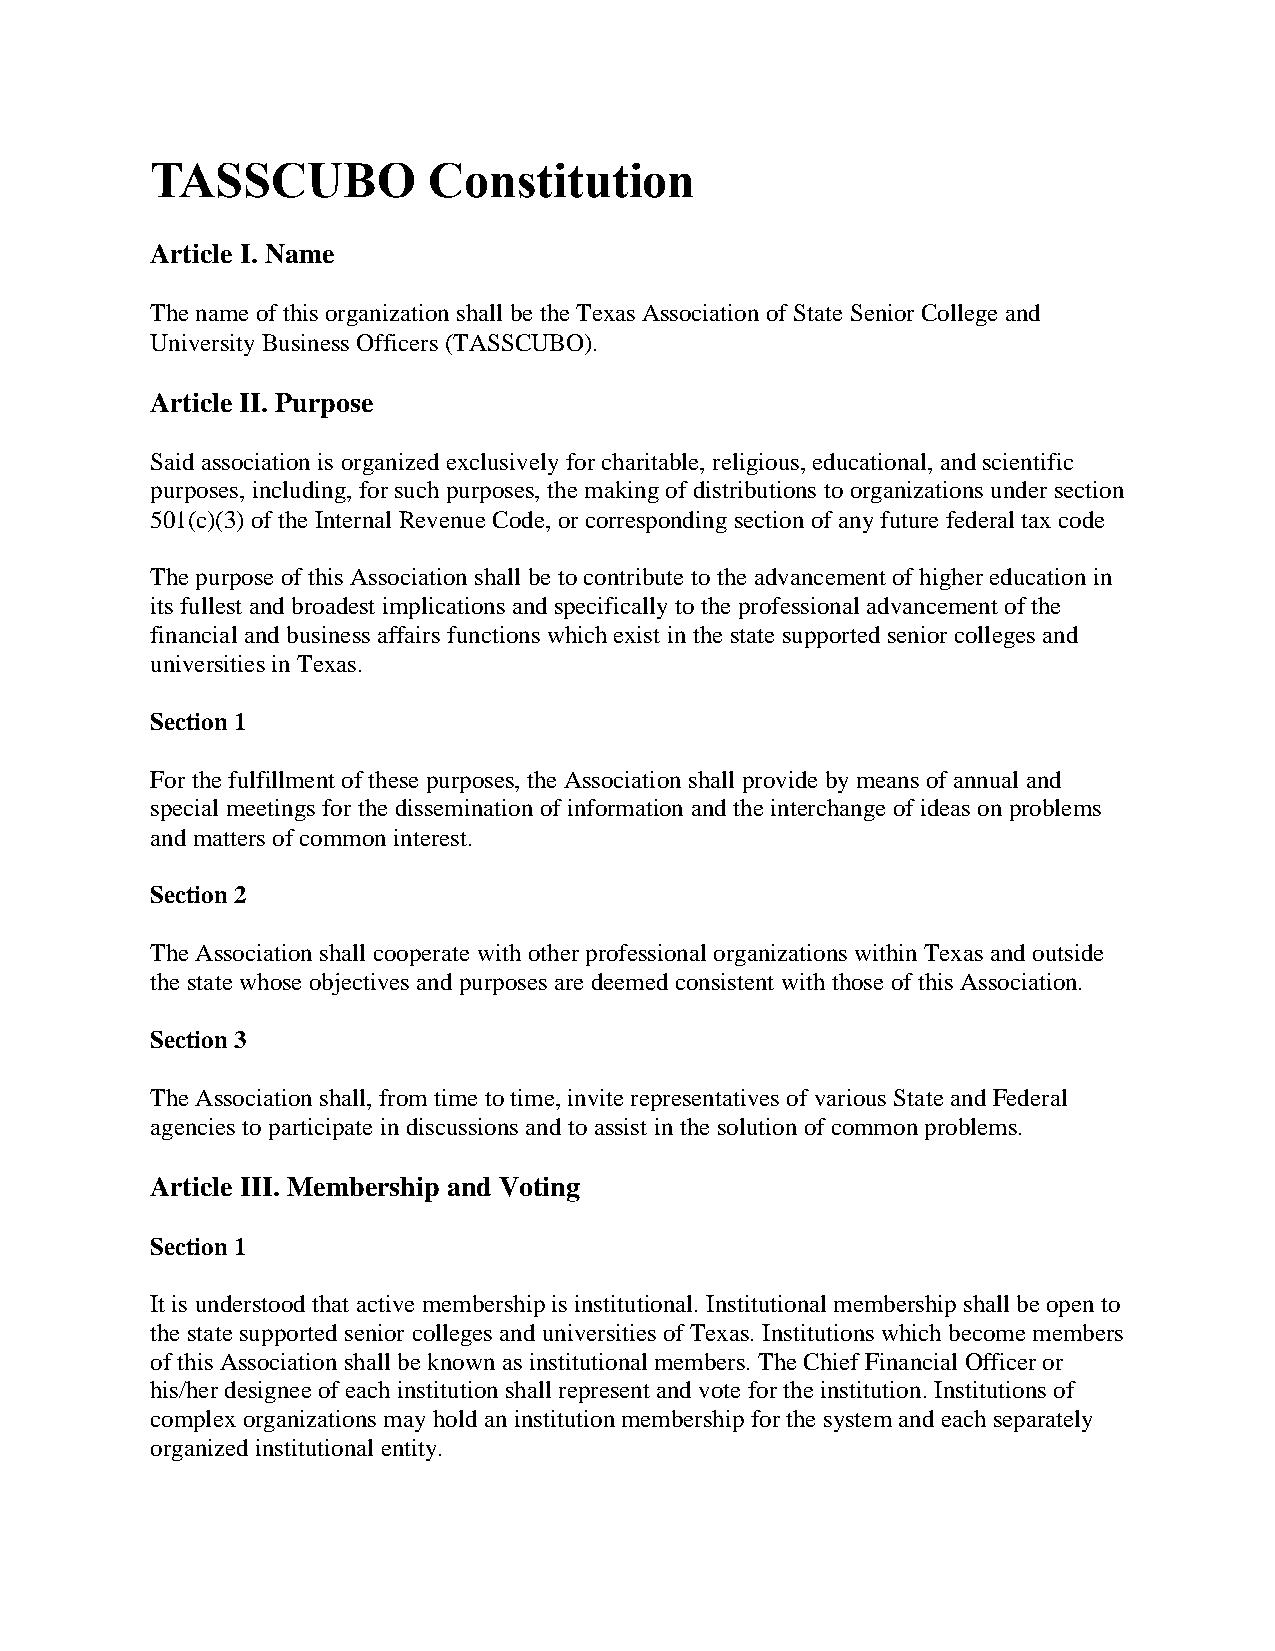
TASSCUBO          Constitution
 Article I. Name
 The name of this organization shall be the Texas Association of State Senior College and
 University Business Officers (TASSCUBO).
 Article II. Purpose
 Said association is organized exclusively for charitable, religious, educational, and scientific
 purposes, including, for such purposes, the making of distributions to organizations under section
 501(c)(3) of the Internal Revenue Code, or corresponding section of any future federal tax code
 The purpose of this Association shall be to contribute to the advancement of higher education in
 its fullest and broadest implications and specifically to the professional advancement of the
 financial and business affairs functions which exist in the state supported senior colleges and
 universities in Texas.
 Section 1
 For the fulfillment of these purposes, the Association shall provide by means of annual and
 special meetings for the dissemination of information and the interchange of ideas on problems
 and matters of common interest.
 Section 2
 The Association shall cooperate with other professional organizations within Texas and outside
 the state whose objectives and purposes are deemed consistent with those of this Association.
 Section 3
 The Association shall, from time to time, invite representatives of various State and Federal
 agencies to participate in discussions and to assist in the solution of common problems.
 Article III. Membership and Voting
 Section 1
 It is understood that active membership is institutional. Institutional membership shall be open to
 the state supported senior colleges and universities of Texas. Institutions which become members
 of this Association shall be known as institutional members. The Chief Financial Officer or
 his/her designee of each institution shall represent and vote for the institution. Institutions of
 complex organizations may hold an institution membership for the system and each separately
 organized institutional entity.